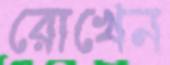
রোখেন